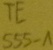
Text: TE555-1